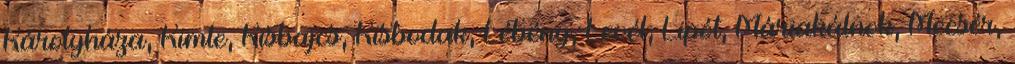
Károlyháza, Kimle, Kisbajcs, Kisbodak, Lébény, Levél, Lipót, Máriakálnok, Mecsér,